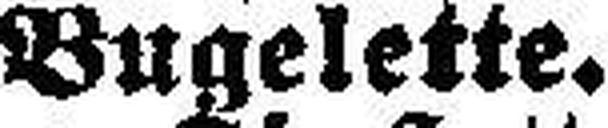
Bugelette.